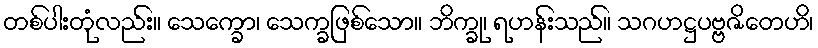
တစ်ပါးတုံလည်း။ သေက္ခော၊ သေက္ခဖြစ်သော။ ဘိက္ခု၊ ရဟန်းသည်။ သဂဟဋ္ဌပဗ္ဗဇိတေဟိ၊